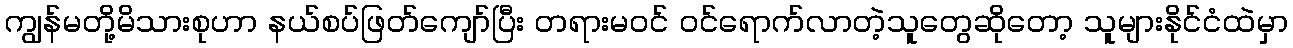
ကျွန်မတို့မိသားစုဟာ နယ်စပ်ဖြတ်ကျော်ပြီး တရားမဝင် ဝင်ရောက်လာတဲ့သူတွေဆိုတော့ သူများနိုင်ငံထဲမှာ